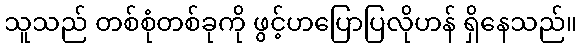
သူသည် တစ်စုံတစ်ခုကို ဖွင့်ဟပြောပြလိုဟန် ရှိနေသည်။